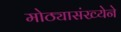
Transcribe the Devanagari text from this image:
मोठ्यासंख्येने